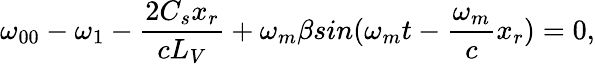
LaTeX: \omega_{00}-\omega_{1}-\frac{2C_{s}x_{r}}{cL_{V}}+\omega_{m}\beta sin(\omega_{m}t-\frac{\omega_{m}}{c}x_{r})=0,